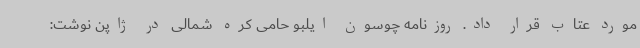
مورد عتاب قرار داد. روزنامه چوسون ایلبو حامی کره شمالی در ژاپن نوشت: